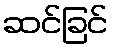
ဆင်ခြင်